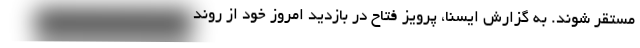
مستقر شوند. به گزارش ایسنا، پرویز فتاح در بازدید امروز خود از روند